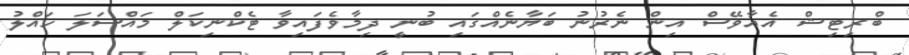
ބްރިޓިޝް އެއާވޭސް އިން ނެރުނު ބަޔާނެއްގައި ބުނީ ދިމާވެފައިވާ ޓެކްނިކަލް މައްސަލަ ހައްލު